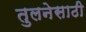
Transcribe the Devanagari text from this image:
तुलनेसाठी